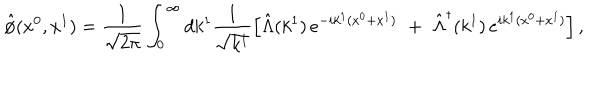
\hat { \phi } ( x ^ { 0 } , x ^ { 1 } ) = \frac { 1 } { \sqrt { 2 \pi } } \int _ { 0 } ^ { \infty } d k ^ { 1 } \frac { 1 } { \sqrt { k ^ { 1 } } } \left[ \hat { \Lambda } ( k ^ { 1 } ) \, e ^ { - i k ^ { 1 } ( x ^ { 0 } + x ^ { 1 } ) } \, \, + \, \, \hat { \Lambda } ^ { \dagger } ( k ^ { 1 } ) \, e ^ { i k ^ { 1 } ( x ^ { 0 } + x ^ { 1 } ) } \right] ,